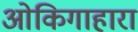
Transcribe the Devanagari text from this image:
ओकिगाहारा